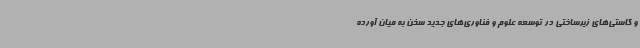
و کاستی‌های زیرساختی در توسعه علوم و فناوری‌های جدید سخن به میان آورده